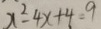
x ^ { 2 } - 4 x + 4 = 9